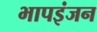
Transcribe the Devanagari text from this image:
भापइंजन